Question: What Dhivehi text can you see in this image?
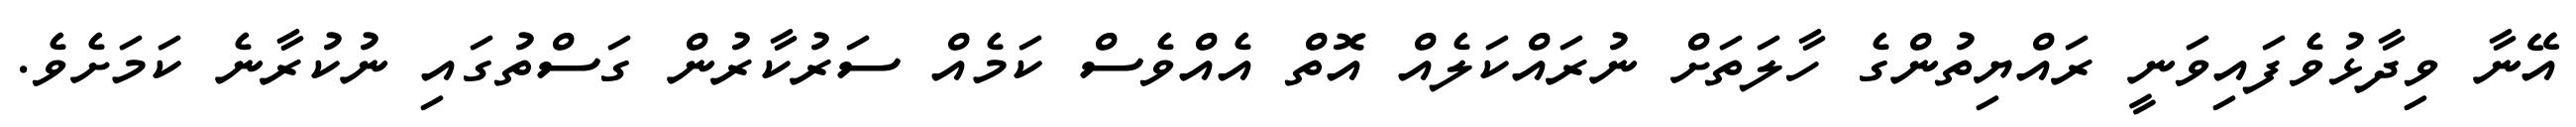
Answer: އޭނާ ވިދާޅުވެފައިވަނީ ރައްޔިތުންގެ ހާލަތަށް ނުރައްކަލެއް އޮތް އެއްވެސް ކަމެއް ސަރުކާރުން ގަސްތުގައި ނުކުރާނެ ކަމަށެވެ.